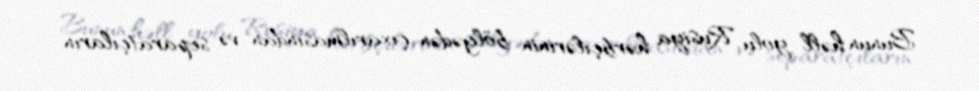
Bunun həll yolu Rusiya hərbçilərinin bölgədən çıxarılmasından və separatçıların